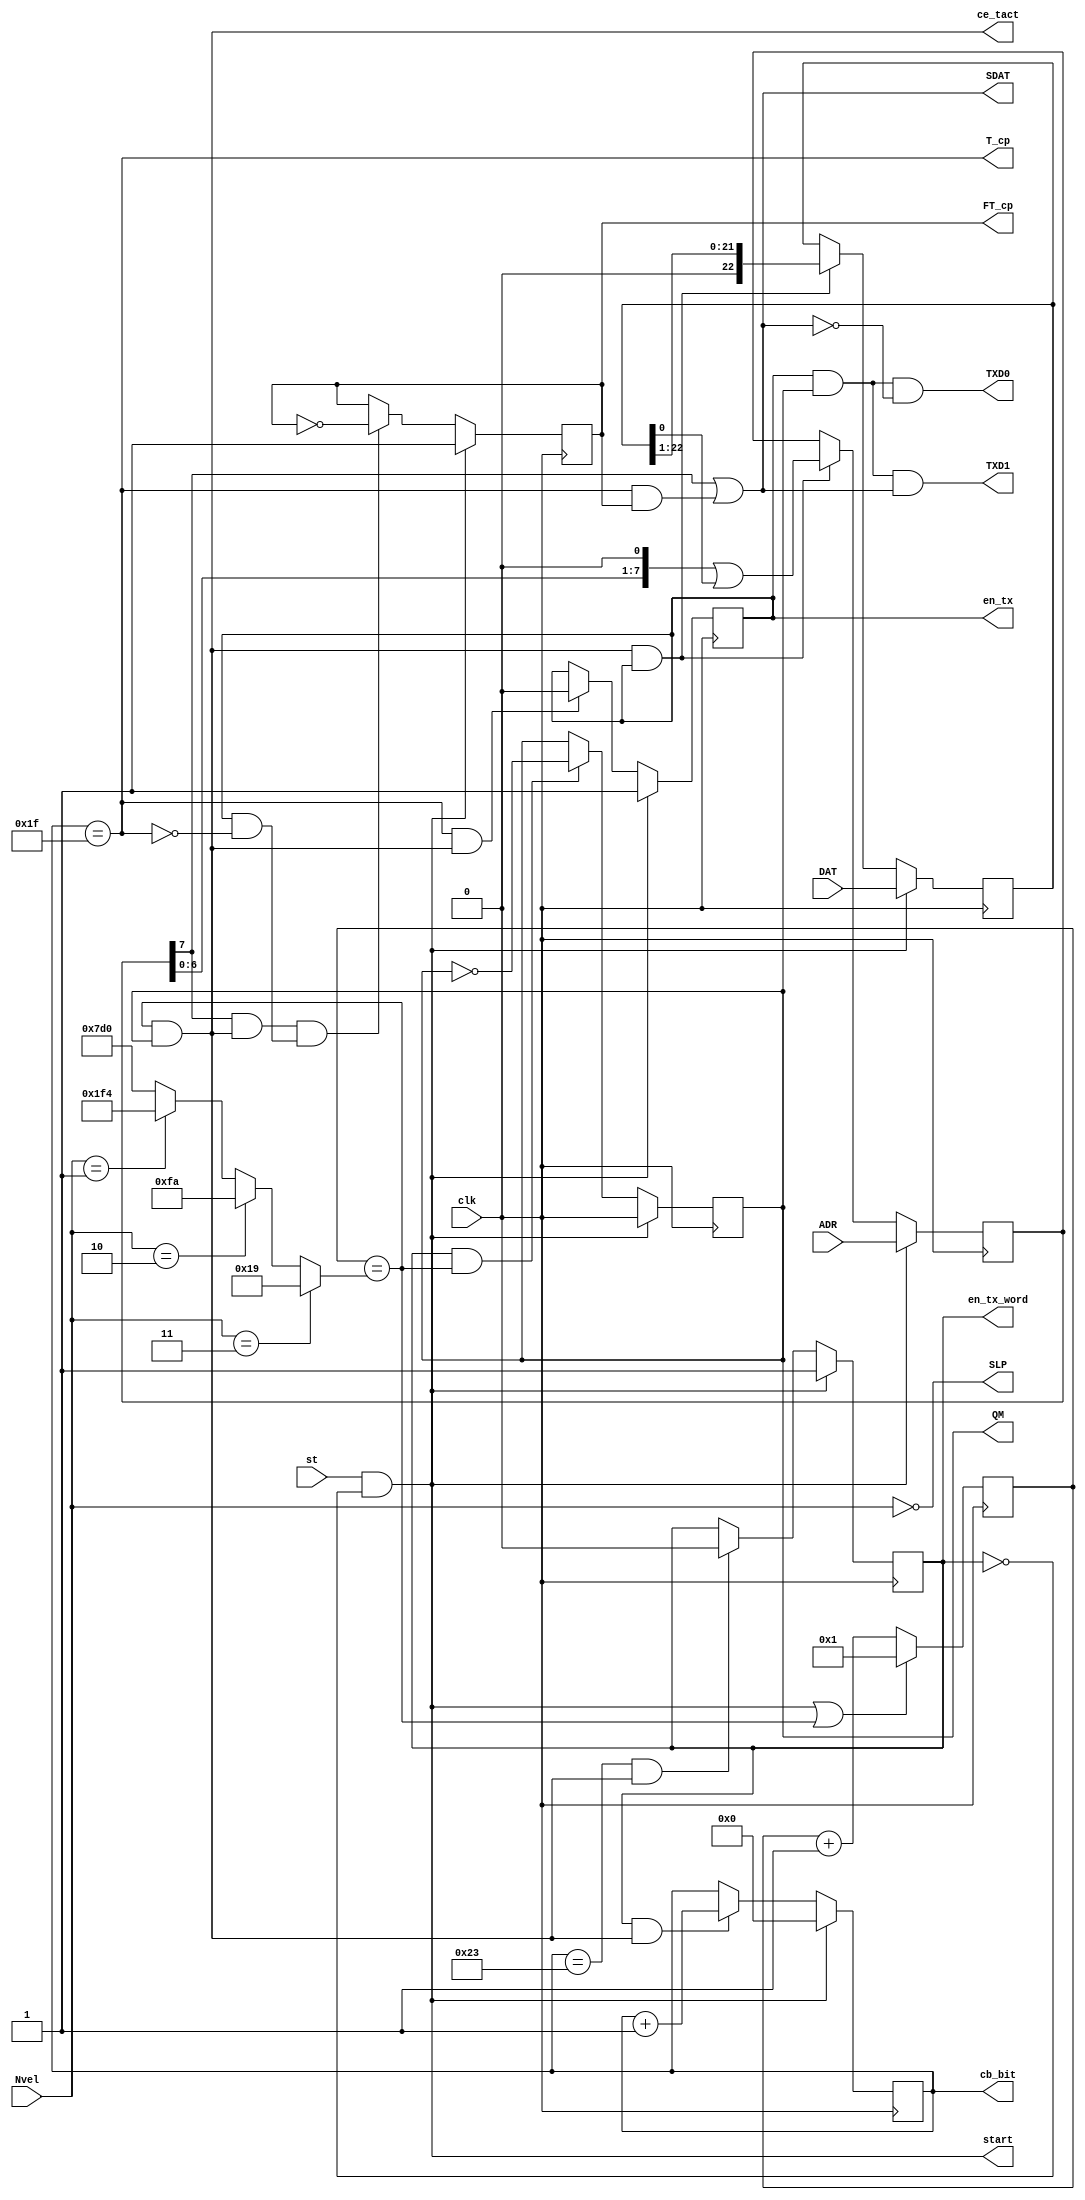
`timescale 1ns / 1ps
//////////////////////////////////////////////////////////////////////////////////
// Company: 
// Engineer: 
// 
// Design Name: 
// Module Name:    AR_TXD 
// Project Name: 
// Target Devices: 
// Tool versions: 
// Description: 
//
// Dependencies: 
//
// Revision: 
// Revision 0.01 - File Created
// Additional Comments: 
//
//////////////////////////////////////////////////////////////////////////////////
module AR_TXD (	input clk,			output wire ce_tact, //  (Tce=1/Vel)
						input [1:0] Nvel,	output wire TXD1, //  1
						input [7:0] ADR,	output wire TXD0, //  0
						input [22:0]DAT,	output wire SLP,//  
						input st,			output reg en_tx =0, //   
												output wire T_cp, //   
												output reg FT_cp=0, //   
												output wire SDAT, //  
												output reg QM=0, // 
												output reg[5:0]cb_bit=0, // 
												output reg en_tx_word=0,
												output wire start); /*   (32+4 )*/
												
	parameter Fclk=50000000 ; //50 MHz
	parameter V1Mb=1000000 ; // 1000 kb/s
	parameter V100kb=100000 ; // 100 kb/s
	parameter V50kb= 50000 ; // 50 kb/s
	parameter V12_5kb=12500 ; // 12.5 kb/s
	
	wire [10:0]AR_Nt = 	(Nvel [1:0]==3)? 	(Fclk/(2*V1Mb)) : //1000.000 kb/s
								(Nvel [1:0]==2)? 	(Fclk/(2*V100kb)) : // 100.000 kb/s
								(Nvel [1:0]==1)? 	(Fclk/(2*V50kb)) : // 50.000 kb/s
														(Fclk/(2*V12_5kb)); // 12.500 kb/s
														
	reg [10:0]cb_ce=0 ; //  
	reg [ 7:0]sr_adr=0 ; //   
	reg [22:0]sr_dat=0 ; //   
	wire ce = (cb_ce==AR_Nt); // Tce=1/(2*VEL)
	assign ce_tact = ce & QM ; // Tce_tact=2* Tce =1/VEL
	assign T_cp = (cb_bit==31) ; //   
	wire T_adr_dat = en_tx & !T_cp ; //    
	wire ce_end_word = (cb_bit==35) & ce_tact ; //  
	assign SDAT = sr_adr[7] | (T_cp & FT_cp) ; // 
	assign TXD1 = en_tx & QM & SDAT ; //  1
	assign TXD0 = en_tx & QM & !SDAT ; //  0
	assign SLP = (Nvel ==0) ; //  
	assign start = st & !en_tx_word ; //      
	
	always @ (posedge clk) begin
		cb_ce <= (start | ce)? 1 : cb_ce+1 ;
		QM <= start? 0 : (en_tx_word & ce)? !QM : QM ; //  
		cb_bit <= start? 0 : (en_tx_word & ce_tact)? cb_bit+1 : cb_bit ; // 
		en_tx_word <= start? 1 : ce_end_word? 0 : en_tx_word ; /*    */
		en_tx <= start? 1 : (T_cp & ce_tact)? 0 : en_tx; //   
		FT_cp <= start? 1 : (sr_adr[7] & ce_tact & T_adr_dat)? !FT_cp : FT_cp ; /* */
		sr_adr <= start? ADR : (ce_tact & en_tx)? sr_adr <<1 | sr_dat[0] : sr_adr ; /*    */
		sr_dat <= start? DAT : (ce_tact & en_tx)? sr_dat >>1 : sr_dat ; /*     */
	end
endmodule